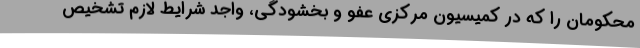
محکومان را که در کمیسیون مرکزی عفو و بخشودگی، واجد شرایط لازم تشخیص